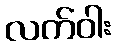
လက်ဝါး